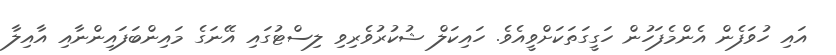
އައި ހުވަފެން އެންމެފަހުން ހަގީގަތަކަށްވީއެވެ. ހައިކަލް ޝުކުރުވެރިވި ލިސްޓުގައި އޭނަގެ މައިންބަފައިންނާއި އާއިލާ